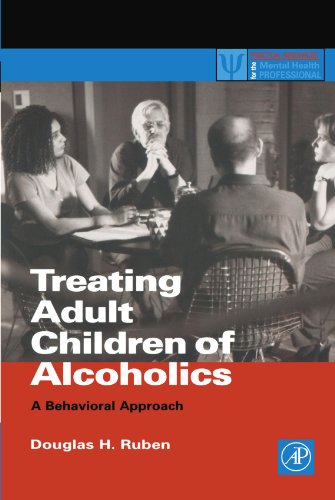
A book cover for Treating Adult Children of Alcoholics: A Behavioral Approach (Practical Resources for the Mental Health Professional); Douglas H. Ruben; Health, Fitness & Dieting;